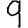
Digit: 9